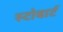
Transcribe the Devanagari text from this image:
स्टोबार्ट